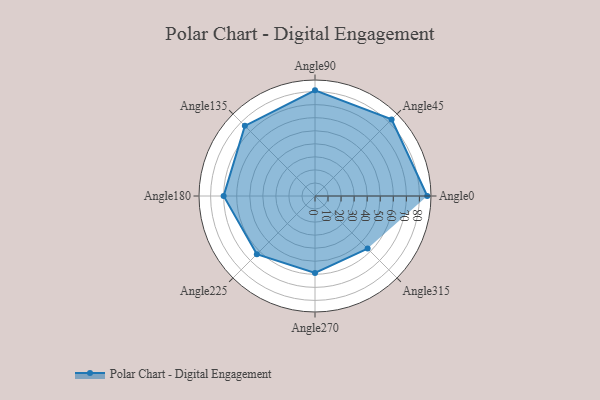
{"axis": {"x": "Angle", "y": "Radius"}, "legend": [""], "data": [{"x": "Angle0", "y": 86.0, "type": ""}, {"x": "Angle45", "y": 83.0, "type": ""}, {"x": "Angle90", "y": 81.0, "type": ""}, {"x": "Angle135", "y": 76.0, "type": ""}, {"x": "Angle180", "y": 70.0, "type": ""}, {"x": "Angle225", "y": 63.0, "type": ""}, {"x": "Angle270", "y": 59.0, "type": ""}, {"x": "Angle315", "y": 57.0, "type": ""}]}